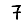
Digit: 7